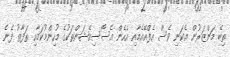
ތިބޭ މަންޒަރުން އެކަނި ވެސް އެފްއޭއެމާއި އެހެން އެސޯސިއޭޝަންތަކުގެ މުހިންމުކަމާއި ތަފާތު ފެނެ